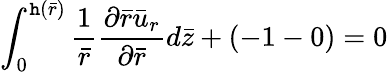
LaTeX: \int_{0}^{\mathtt{h}(\bar{{r}})}\frac{{1}}{{\bar{{r}}}}\frac{{{\partial}\bar{{r}}{\bar{{u}}}_{r}}}{{\partial{\bar{{r}}}}}d\bar{{z}}+(-1-0)=0